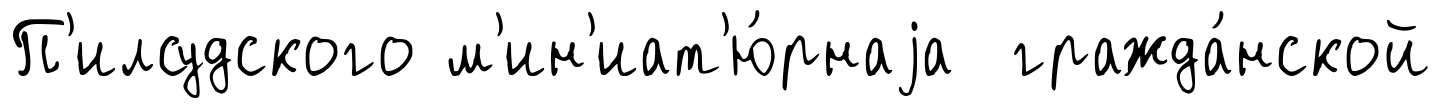
П'илсудского м'ин'иат'ю́рнаjа гражда́нской